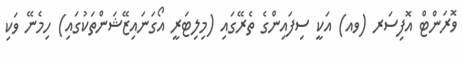
ވޮރަންޓް އޮފިސަރ (ވއ) އަކީ ސިފައިންގެ ތެރޭގައި (މިލިޓަރީ އޯގަނައިޒޭޝަންތަކުގައި) ހިމެނޭ ވަކި